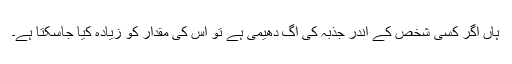
ہاں اگر کسی شخص کے اندر جذبہ کی آگ دھیمی ہے تو اس کی مقدار کو زیادہ کیا جاسکتا ہے۔